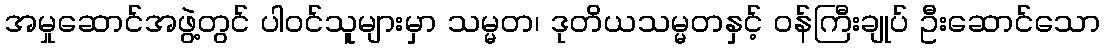
အမှုဆောင်အဖွဲ့တွင် ပါဝင်သူများမှာ သမ္မတ၊ ဒုတိယသမ္မတနှင့် ဝန်ကြီးချုပ် ဦးဆောင်သော